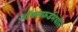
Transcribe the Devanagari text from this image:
ऑक्सफर्डमधील